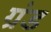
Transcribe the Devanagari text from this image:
ग्रंड